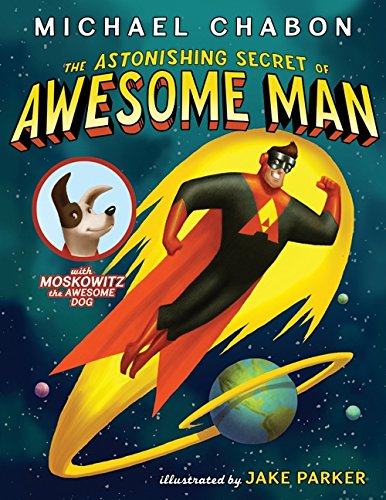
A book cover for The Astonishing Secret of Awesome Man; Michael Chabon; Children's Books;